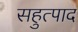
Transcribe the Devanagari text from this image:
सहुत्पाद